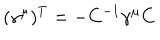
( \gamma ^ { \mu } ) ^ { T } = - C ^ { - 1 } \gamma ^ { \mu } C